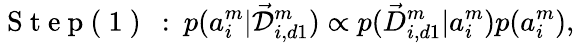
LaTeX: \mathrm{~S~t~e~p~(~1~)~}\: :\: p(a_{i}^{m}|\mathcal{\vec{D}}_{i,d1}^{m})\propto p(\vec{D}_{i,d1}^{m}|a_{i}^{m})p(a_{i}^{m}),